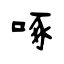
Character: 啄